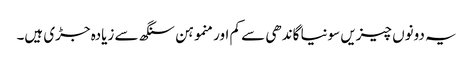
یہ دونوں چیزیں سونیا گاندھی سے کم اور منموہن سنگھ سے زیادہ جڑی ہیں۔